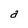
Character: a